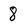
Character: 8